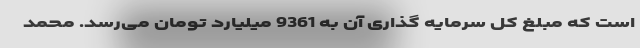
است که مبلغ کل سرمایه گذاری آن به 9361 میلیارد تومان می‌رسد. محمد